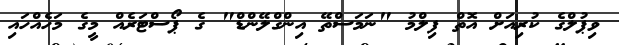
ވިޕުލްގެ ކުރިއަށް އޮތް ފިލްމު "ނަމަސްތޭ އިންގްލޭންޑް" ގެ ޕޯސްޓަރެއް މީގެ މަހެއްހައި